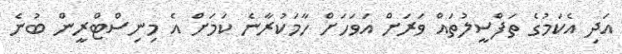
އަދި އެކަމުގެ ތަފްސީލުތައް ވަރަށް އަވަހަށް ހާމަކުރާނެ ކަމަށް އެ މިނިސްޓްރީން ބުނެ